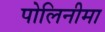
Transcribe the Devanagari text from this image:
पोलिनीमा